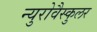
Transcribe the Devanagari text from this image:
न्युरोवैस्कुलर